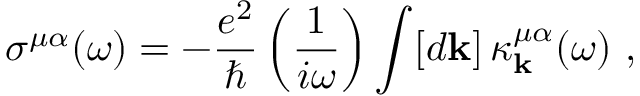
\sigma ^ { \mu \alpha } ( \omega ) = - \frac { e ^ { 2 } } { \hslash } \left( \frac { 1 } { i \omega } \right) \int [ d \mathbf { k } ] \, \kappa _ { \mathbf { k } } ^ { \mu \alpha } ( \omega ) \mathrm { ~ , ~ }